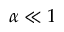
\alpha \ll 1